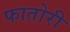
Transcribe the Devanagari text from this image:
फातोरी